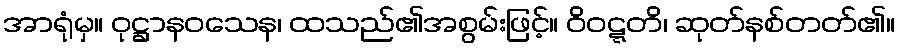
အာရုံမှ။ ဝုဋ္ဌာနဝသေန၊ ထသည်၏အစွမ်းဖြင့်။ ဝိဝဋ္ဋတိ၊ ဆုတ်နစ်တတ်၏။